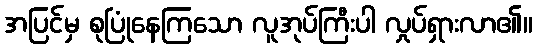
အပြင်မှ စုပြုံနေကြသော လူအုပ်ကြီးပါ လှုပ်ရှားလာ၏။